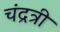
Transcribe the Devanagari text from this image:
चंद्रत्री